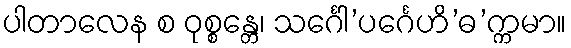
ပါတာလေန စ ဝုစ္စန္တေ၊ သင်္ဂေါ’ပင်္ဂေဟိ’ဓ’က္ကမာ။